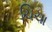
ચિચા